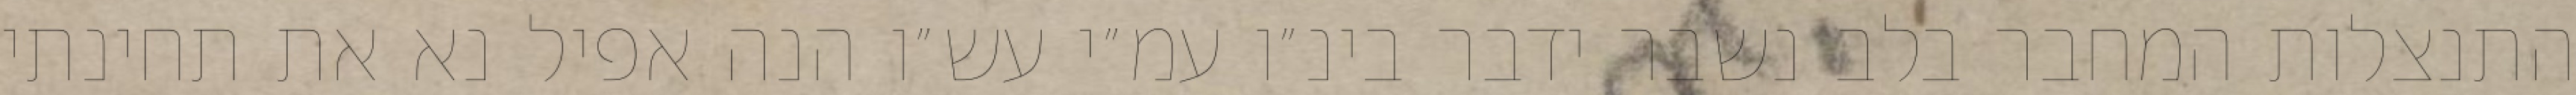
התנצלות המחבר בלב נשבר ידבר בינ״ו עמ״י עש״ו הנה אפיל נא את תחינתי